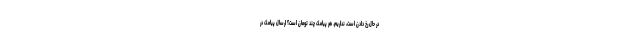
در حال رخ دادن است، نداریم. هر پیامک چند تومان است؟ ارسال پیامک در